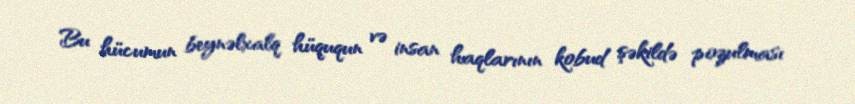
Bu hücumun beynəlxalq hüququn və insan haqlarının kobud şəkildə pozulması